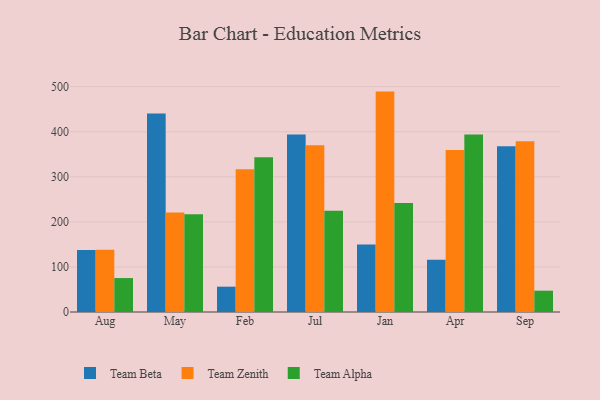
{"axis": {"x": "Month", "y": "Revenue (USD Million)"}, "legend": ["Team Alpha", "Team Beta", "Team Zenith"], "data": [{"x": "Aug", "y": 137.3, "type": "Team Beta"}, {"x": "Aug", "y": 138.3, "type": "Team Zenith"}, {"x": "Aug", "y": 75.3, "type": "Team Alpha"}, {"x": "May", "y": 440.3, "type": "Team Beta"}, {"x": "May", "y": 220.8, "type": "Team Zenith"}, {"x": "May", "y": 216.9, "type": "Team Alpha"}, {"x": "Feb", "y": 56.2, "type": "Team Beta"}, {"x": "Feb", "y": 316.7, "type": "Team Zenith"}, {"x": "Feb", "y": 343.5, "type": "Team Alpha"}, {"x": "Jul", "y": 393.8, "type": "Team Beta"}, {"x": "Jul", "y": 370.2, "type": "Team Zenith"}, {"x": "Jul", "y": 224.7, "type": "Team Alpha"}, {"x": "Jan", "y": 150.0, "type": "Team Beta"}, {"x": "Jan", "y": 489.0, "type": "Team Zenith"}, {"x": "Jan", "y": 242.0, "type": "Team Alpha"}, {"x": "Apr", "y": 116.0, "type": "Team Beta"}, {"x": "Apr", "y": 359.7, "type": "Team Zenith"}, {"x": "Apr", "y": 394.0, "type": "Team Alpha"}, {"x": "Sep", "y": 367.9, "type": "Team Beta"}, {"x": "Sep", "y": 378.6, "type": "Team Zenith"}, {"x": "Sep", "y": 47.3, "type": "Team Alpha"}]}